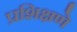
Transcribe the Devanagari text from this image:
प्रशिक्षणे